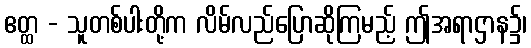
ဧတ္ထ - သူတစ်ပါးတို့က လိမ်လည်ပြောဆိုကြမည့် ဤအရာဌာန၌၊